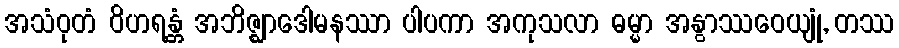
အသံဝုတံ ဝိဟရန္တံ အဘိဇ္ဈာဒေါမနဿာ ပါပကာ အကုသလာ ဓမ္မာ အနွာဿဝေယျုံ, တဿ